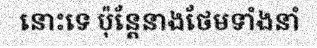
នោះទេ ប៉ុន្តែនាងថែមទាំងនាំ